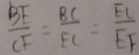
\frac { B E } { C F } = \frac { B C } { E C } = \frac { E C } { E F }